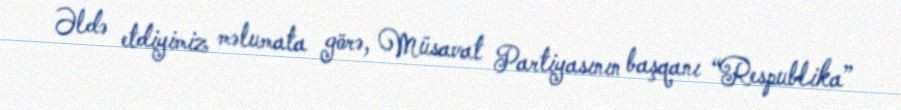
Əldə etdiyimiz məlumata görə, Müsavat Partiyasının başqanı “Respublika”